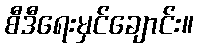
စီဒီရေးမှင်ချောင်း။